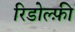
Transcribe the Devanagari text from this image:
रिडोल्फ़ी